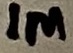
Text: 1M